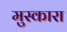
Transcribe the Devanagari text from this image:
मुस्कारा